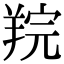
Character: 羦